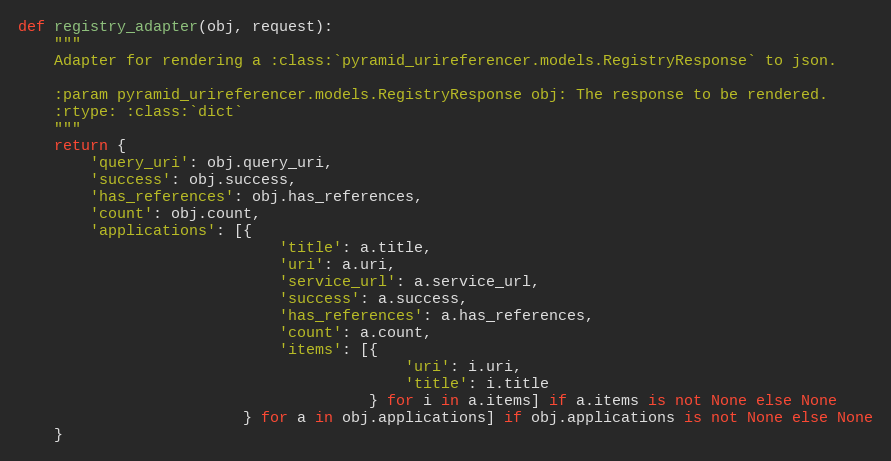
Language: Python
def registry_adapter(obj, request):
    """
    Adapter for rendering a :class:`pyramid_urireferencer.models.RegistryResponse` to json.

    :param pyramid_urireferencer.models.RegistryResponse obj: The response to be rendered.
    :rtype: :class:`dict`
    """
    return {
        'query_uri': obj.query_uri,
        'success': obj.success,
        'has_references': obj.has_references,
        'count': obj.count,
        'applications': [{
                             'title': a.title,
                             'uri': a.uri,
                             'service_url': a.service_url,
                             'success': a.success,
                             'has_references': a.has_references,
                             'count': a.count,
                             'items': [{
                                           'uri': i.uri,
                                           'title': i.title
                                       } for i in a.items] if a.items is not None else None
                         } for a in obj.applications] if obj.applications is not None else None
    }